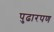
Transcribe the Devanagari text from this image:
पुढारपण